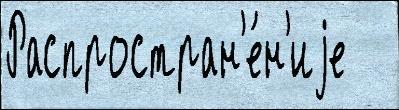
Распростран'е́н'иjе